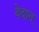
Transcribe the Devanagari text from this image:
वेदान्